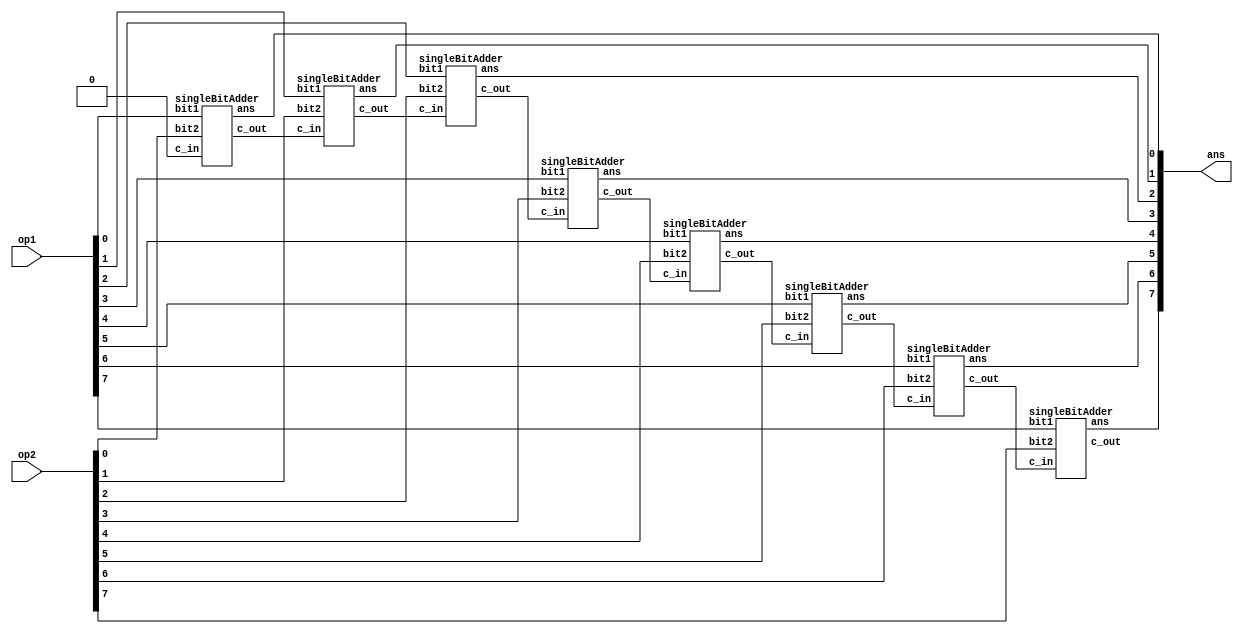
/*
    PereraALHE
    E16275
    lab5 part 1
    Adder module
*/

module adder(op1, op2, ans);
    //inputs will be 8bit op1 and op2 then ans will be the output 8bit wire
    input  [7:0] op1, op2;
    output [7:0] ans;
    wire  [7:0] c;

    //add each single pair of binary with carry and pass the carry forward bits
    singleBitAdder sb0(op1[0], op2[0], 1'b0, c[0], ans[0]);
    singleBitAdder sb1(op1[1], op2[1], c[0], c[1], ans[1]);
    singleBitAdder sb2(op1[2], op2[2], c[1], c[2], ans[2]);
    singleBitAdder sb3(op1[3], op2[3], c[2], c[3], ans[3]);
    singleBitAdder sb4(op1[4], op2[4], c[3], c[4], ans[4]);
    singleBitAdder sb5(op1[5], op2[5], c[4], c[5], ans[5]);
    singleBitAdder sb6(op1[6], op2[6], c[5], c[6], ans[6]);
    singleBitAdder sb7(op1[7], op2[7], c[6], c[7], ans[7]);
    //also overflow bit can be used for future

endmodule

//-------------------------------------------------------------------------------
//singleBitAdder module

module singleBitAdder(bit1, bit2, c_in, c_out, ans);
    input bit1, bit2, c_in;
    output c_out, ans;
    reg c_out, ans;

    always @ (bit1, bit2, c_in)
    begin

        // considered the addition operation  for 3 bits once
        //carry and ans got using two logical operation sets 
        c_out = (bit1 & bit2) | (bit1 & c_in) | (bit2 & c_in);
        ans = bit1 ^ bit2 ^ c_in;
    end
endmodule